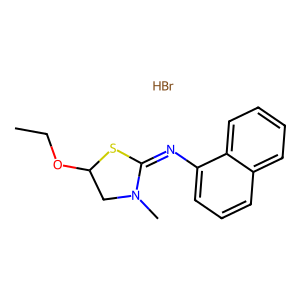
SMILES: Br.CCOC1CN(C)C(=Nc2cccc3ccccc23)S1
Inhibits HIV replication: No